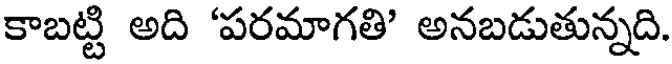
కాబట్టి అది 'పరమాగతి' అనబడుతున్నది.